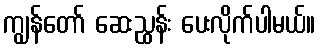
ကျွန်တော် ဆေးညွှန်း ပေးလိုက်ပါမယ်။